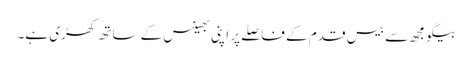
بیگو مجھ سے بیس قدم کے فاصلے پر اپنی بھینس کے ساتھ کھڑی ہے۔